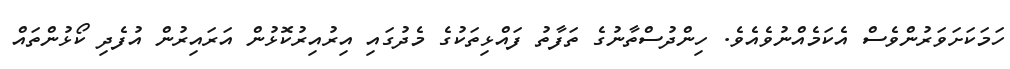
ހަމަކަށަވަރުންވެސް އެކަމެއްނުވެއެވެ. ހިންދުސްތާނުގެ ތަފާތު ފައްޅިތަކުގެ މެދުގައި އިރުއިރުކޮޅުން އަރައިރުން އުފެދި ކޯޅުންތައް